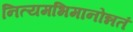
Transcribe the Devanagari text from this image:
नित्यमभिमानोन्नतं